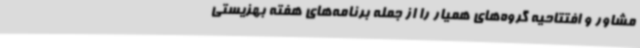
مشاور و افتتاحیه گروه‌های همیار را از جمله برنامه‌های هفته بهزیستی